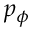
p _ { \phi }